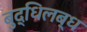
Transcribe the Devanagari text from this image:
बुद्धिलब्ध